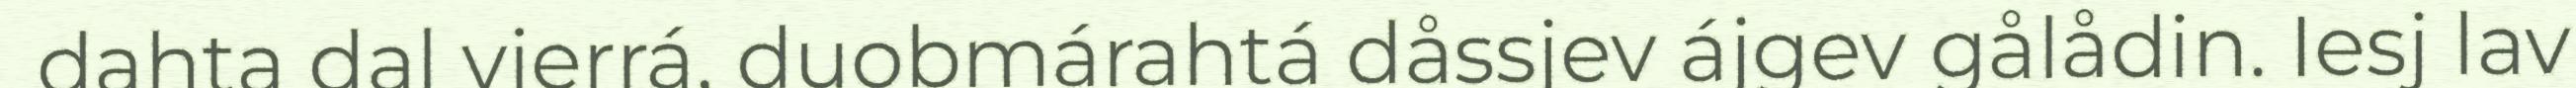
dahta dal vierrá, duobmárahtá dåssjev ájgev gålådin. Iesj lav